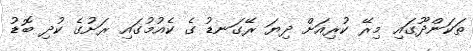
ތަކަންދޫގައި މިރޭ ކުރިއަށް ދިޔަ ރޭގަނޑު ގެ ކެއުމުގައި ރަށުގެ ކުދި ބޮޑު